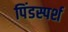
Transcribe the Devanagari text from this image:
पिंडस्पर्श